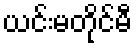
ယင်းမတိုင်မီ